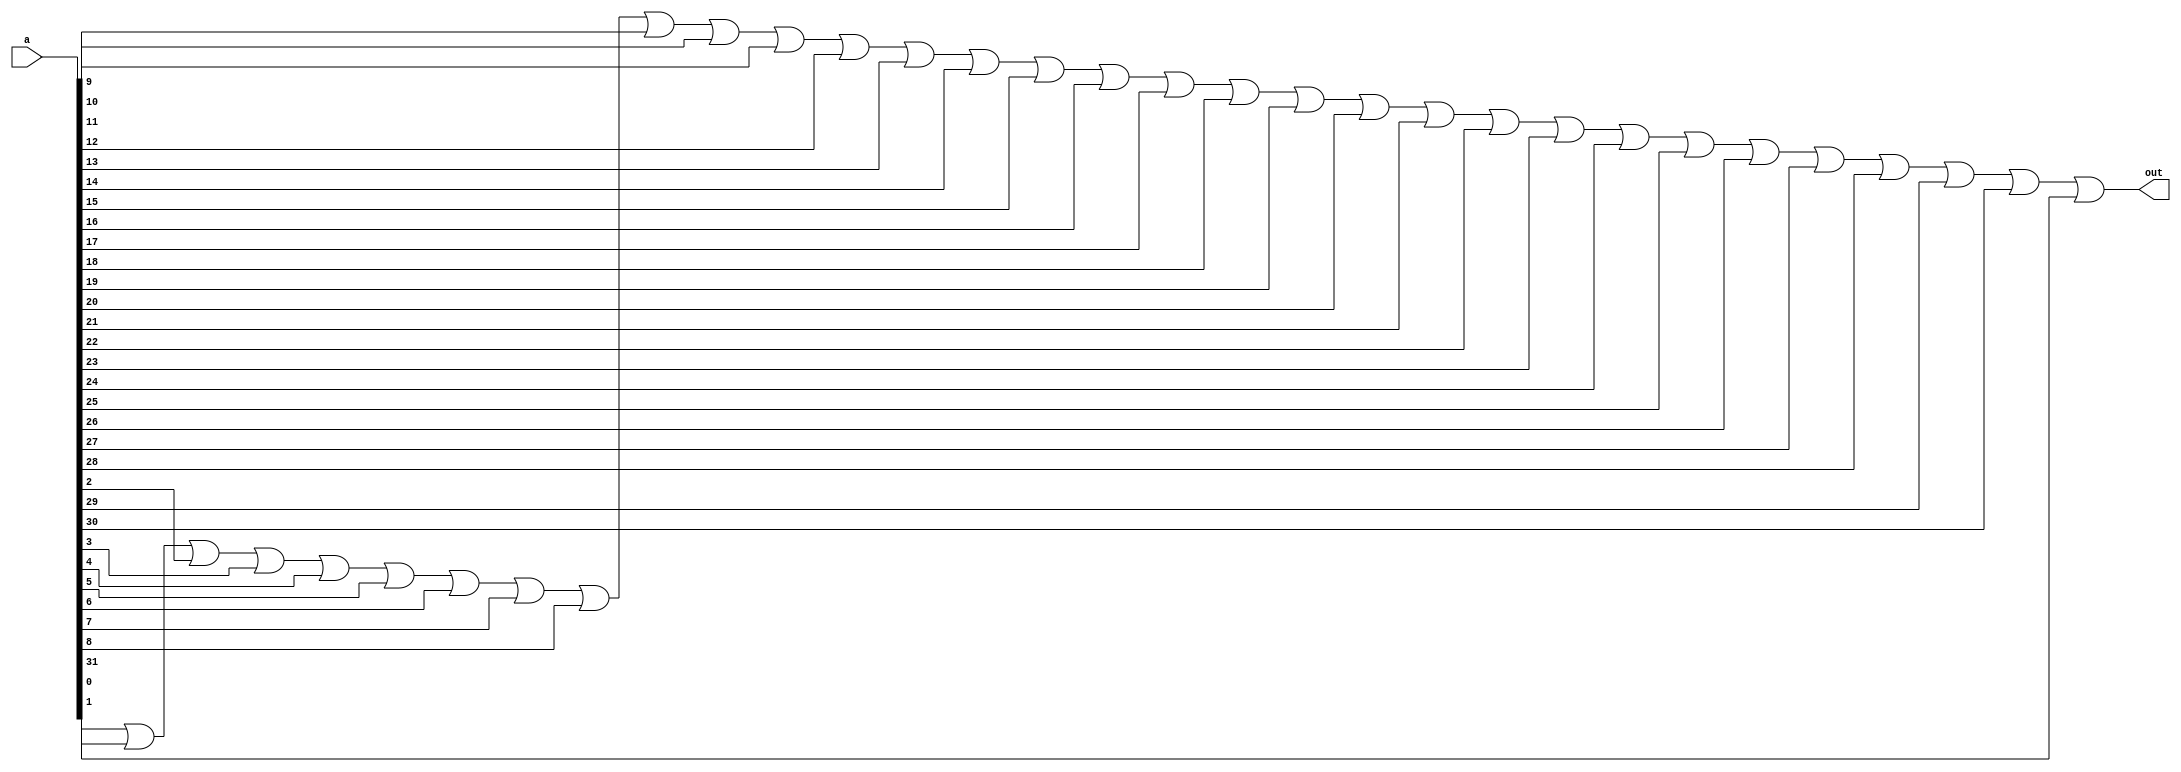
module or_32 (out, a);
	
	output out;
	input [31:0] a;

	wire [29:0] m;
	
	or (m[0], a[0], a[1]);
	
	genvar i;
	generate for(i=0; i<29; i=i+1) begin:or_loop
		or (m[i+1], m[i], a[i+2]);
	end
	endgenerate
	
	or (out, m[29], a[31]);
	

endmodule